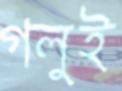
গলুই